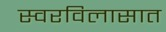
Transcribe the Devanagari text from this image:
स्वरविलासात